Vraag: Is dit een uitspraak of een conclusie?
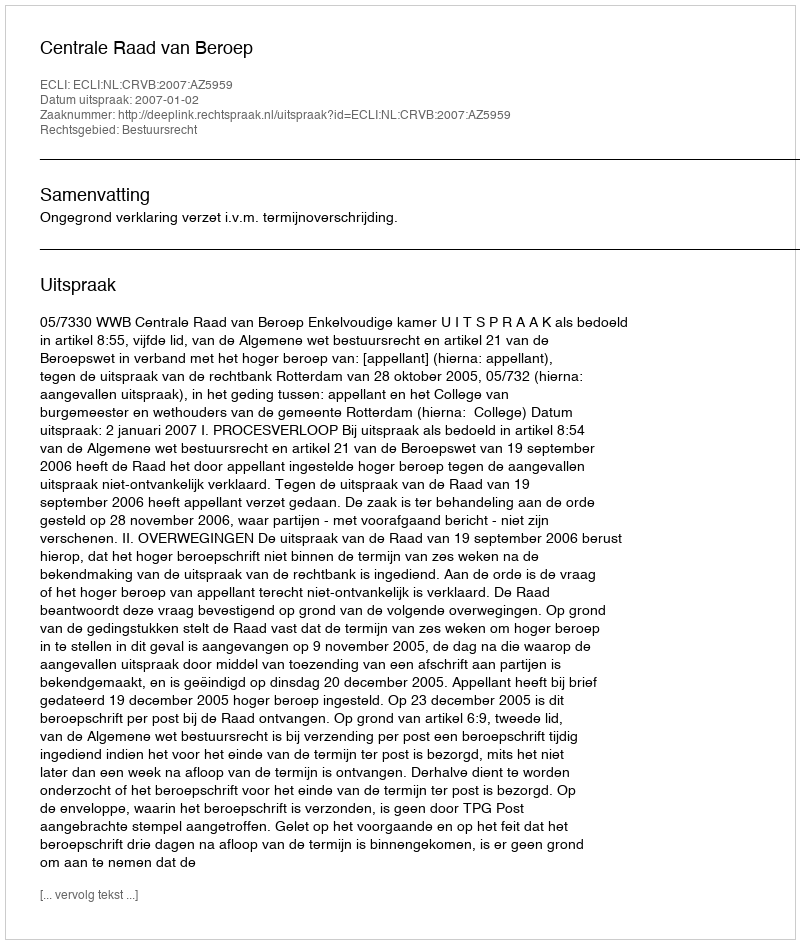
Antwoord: Uitspraak